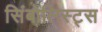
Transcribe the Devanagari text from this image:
सिंबोलिस्ट्स